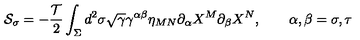
{ \cal S } _ { \sigma } = - \frac { { \cal T } } { 2 } \int _ { \Sigma } d ^ { 2 } \sigma \sqrt { \gamma } \gamma ^ { \alpha \beta } \eta _ { M N } \partial _ { \alpha } X ^ { M } \partial _ { \beta } X ^ { N } , \qquad \alpha , \beta = \sigma , \tau